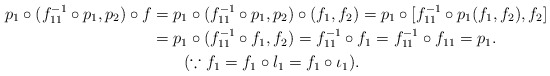
\begin{align*}p_{1}\circ (f^{-1}_{11}\circ p_{1},p_{2})\circ f &=p_{1}\circ (f^{-1}_{11}\circ p_{1},p_{2})\circ (f_{1},f_{2})=p_{1}\circ [f^{-1}_{11}\circ p_{1}(f_{1},f_{2}),f_{2}]\\&=p_{1}\circ (f^{-1}_{11}\circ f_{1},f_{2})=f^{-1}_{11}\circ f_{1}=f^{-1}_{11}\circ f_{11}=p_{1}.\\&~~~~~~(\because f_{1}=f_{1}\circ l_{1}=f_{1}\circ \iota_{1}).\end{align*}